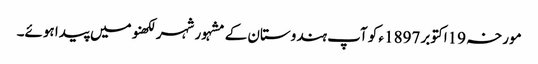
مورخہ 19اکتوبر 1897ء کو آپ ہندوستان کے مشہور شہر لکھنو میں پیدا ہوئے۔